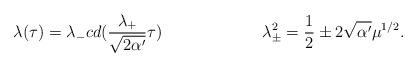
LaTeX: \begin{align*}\lambda (\tau ) = \lambda _{-} cd (\frac{\lambda _{+}}{\sqrt{2\alpha '}}\tau )\hspace{1in}\lambda _{\pm} ^{2} = \frac{1}{2} \pm 2\sqrt{\alpha '} \mu ^{1/2}.\end{align*}